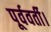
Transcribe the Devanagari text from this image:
पूर्ववर्ती।